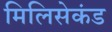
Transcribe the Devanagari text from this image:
मिलिसेकंड